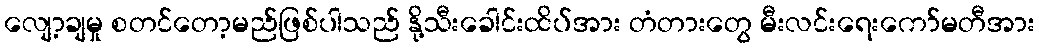
လျော့ချမှု စတင်တော့မည်ဖြစ်ပါသည် နို့သီးခေါင်းထိပ်အား တံတားတွေ မီးလင်းရေးကော်မတီအား